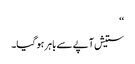
‘‘
ستیش آپے سے باہر ہو گیا۔